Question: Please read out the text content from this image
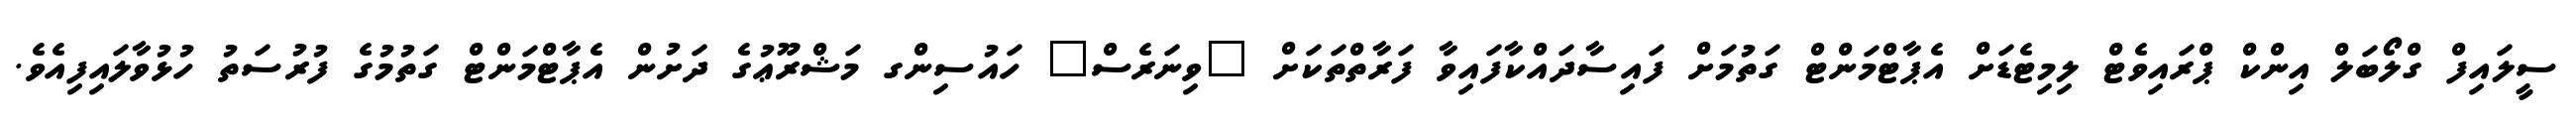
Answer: ސީލައިފް ގްލޯބަލް އިންކް ޕްރައިވެޓް ލިމިޓެޑަށް އެޕާޓްމަންޓް ގަތުމަށް ފައިސާދައްކާފައިވާ ފަރާތްތަކަށް "ވިނަރެސް" ހައުސިންގ މަޝްރޫޢުގެ ދަށުން އެޕާޓްމަންޓް ގަތުމުގެ ފުރުސަތު ހުޅުވާލައިފިއެވެ.